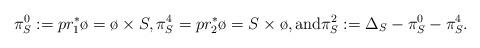
LaTeX: \begin{align*} \pi_S^0 := pr_1^*\o = \o \times S, \pi_S^{4} =pr_2^*\o = S \times \o, \mbox{and} \pi_S^2 := \Delta_S -\pi_S^0-\pi_S^4.\end{align*}